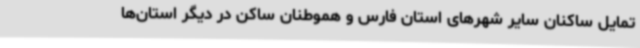
تمایل ساکنان سایر شهرهای استان فارس و هموطنان ساکن در دیگر استان‌ها